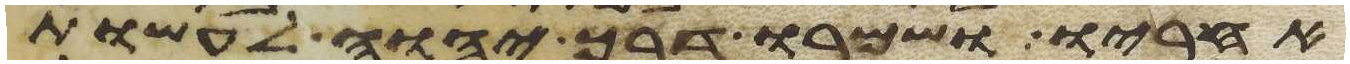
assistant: אחריו ושמרו דרך יהוה לעשות